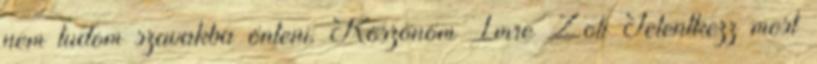
nem tudom szavakba önteni. Köszönöm Imre Zoli Jelentkezz most